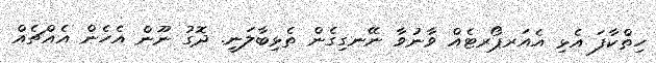
ހިތްކާފަ އެޅި އެއަރޕޯރޓެއް ވާނުވާ ނޭނގިގެން ތެޅިބާލަނީ. ދޮގު ނޫން އެހެން އެއްޗެއް